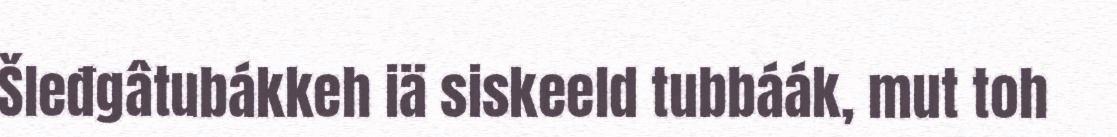
Šleđgâtubákkeh iä siskeeld tubbáák, mut toh